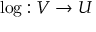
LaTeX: \log : V \rightarrow U